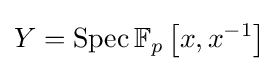
Y=\operatorname {Spec} \mathbb {F} _{p}\left[x,x^{-1}\right]